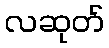
လဆုတ်